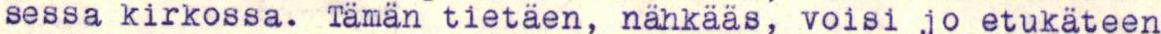
sessa kirkossa. Tämän tietäen, nähkääs, voisi jo etukäteen